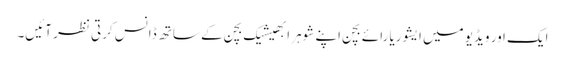
ایک اور ویڈیو میں ایشوریا رائے بچن اپنے شوہر ابھیشیک بچن کے ساتھ ڈانس کرتی نظر آئیں۔